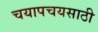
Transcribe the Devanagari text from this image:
चयापचयसाठी